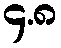
၄.၈